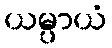
ယမ္ပာယံ